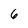
Character: 6